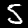
Label: 5